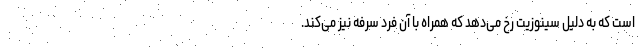
است که به دلیل سینوزیت رخ می‌دهد که همراه با آن فرد سرفه نیز می‌کند.